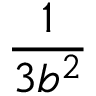
\frac { 1 } { 3 b ^ { 2 } }